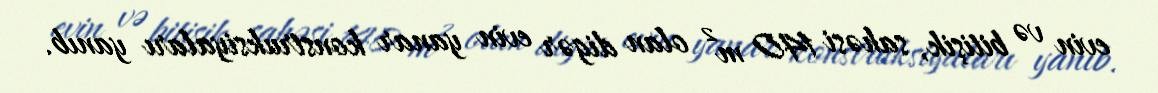
evin və bitişik, sahəsi 140 m² olan digər evin yanar konstruksiyaları yanıb.